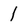
Character: 1